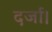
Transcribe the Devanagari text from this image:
दर्जा।